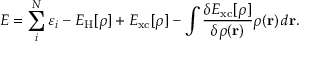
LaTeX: E = \sum _ { i } ^ { N } \varepsilon _ { i } - E _ { \mathrm { H } } [ \rho ] + E _ { \mathrm { x c } } [ \rho ] - \int { \frac { \delta E _ { \mathrm { x c } } [ \rho ] } { \delta \rho ( \mathbf { r } ) } } \rho ( \mathbf { r } ) \, d \mathbf { r } .